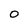
Character: 0